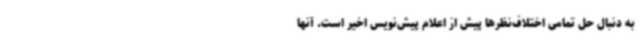
به دنبال حل تمامی اختلاف‌نظرها پیش از اعلام پیش‌نویس اخیر است. آنها